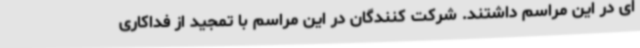
ای در این مراسم داشتند. شرکت کنندگان در این مراسم با تمجید از فداکاری